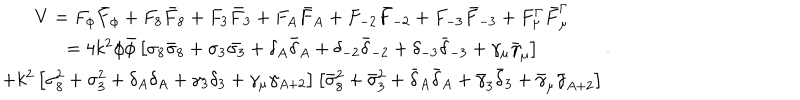
\begin{array} { c } { { V = F _ { \phi } \bar { F } _ { \phi } + F _ { 8 } \bar { F } _ { 8 } + F _ { 3 } \bar { F } _ { 3 } + F _ { A } \bar { F } _ { A } + F _ { - 2 } \bar { F } _ { - 2 } + F _ { - 3 } \bar { F } _ { - 3 } + F _ { \mu } ^ { \Gamma } \bar { F } _ { \mu } ^ { \Gamma } } } \\ { { = 4 k ^ { 2 } \phi \bar { \phi } \left[ \sigma _ { 8 } \bar { \sigma } _ { 8 } + \sigma _ { 3 } \bar { \sigma _ { 3 } } + \delta _ { A } \bar { \delta } _ { A } + \delta _ { - 2 } \bar { \delta } _ { - 2 } + \delta _ { - 3 } \bar { \delta } _ { - 3 } + \gamma _ { \mu } \bar { \gamma } _ { \mu } \right] } } \\ { { + k ^ { 2 } \left[ \sigma _ { 8 } ^ { 2 } + \sigma _ { 3 } ^ { 2 } + \delta _ { A } \delta _ { A } + \gamma _ { 3 } \delta _ { 3 } + \gamma _ { \mu } \gamma _ { A + 2 } \right] \left[ \bar { \sigma } _ { 8 } ^ { 2 } + \bar { \sigma } _ { 3 } ^ { 2 } + \bar { \delta } _ { A } \bar { \delta } _ { A } + \bar { \gamma } _ { 3 } \bar { \delta } _ { 3 } + \bar { \gamma } _ { \mu } \bar { \gamma } _ { A + 2 } \right] } } \\ \end{array} .